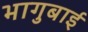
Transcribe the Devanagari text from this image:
भागुबाई